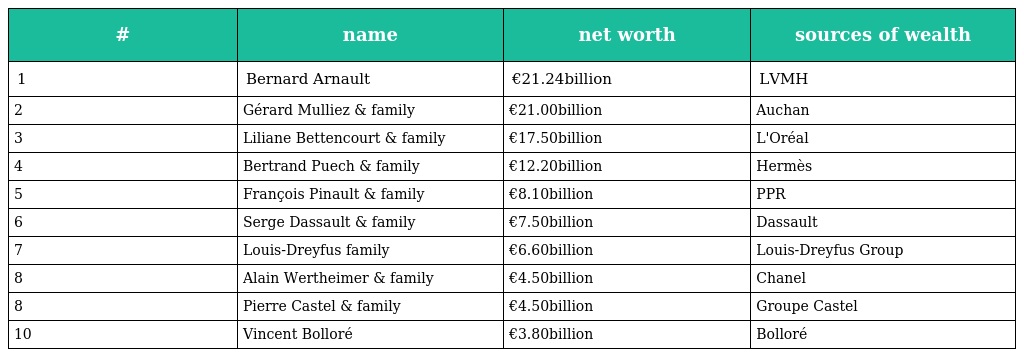
| # | name | net worth | sources of wealth |
 | --- | --- | --- | --- |
 | 1 | Bernard Arnault | €21.24billion | LVMH |
 | 2 | Gérard Mulliez & family | €21.00billion | Auchan |
 | 3 | Liliane Bettencourt & family | €17.50billion | L'Oréal |
 | 4 | Bertrand Puech & family | €12.20billion | Hermès |
 | 5 | François Pinault & family | €8.10billion | PPR |
 | 6 | Serge Dassault & family | €7.50billion | Dassault |
 | 7 | Louis-Dreyfus family | €6.60billion | Louis-Dreyfus Group |
 | 8 | Alain Wertheimer & family | €4.50billion | Chanel |
 | 8 | Pierre Castel & family | €4.50billion | Groupe Castel |
 | 10 | Vincent Bolloré | €3.80billion | Bolloré |